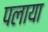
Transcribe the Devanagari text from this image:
पलाया